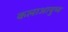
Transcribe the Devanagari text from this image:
कलाआयुष्य